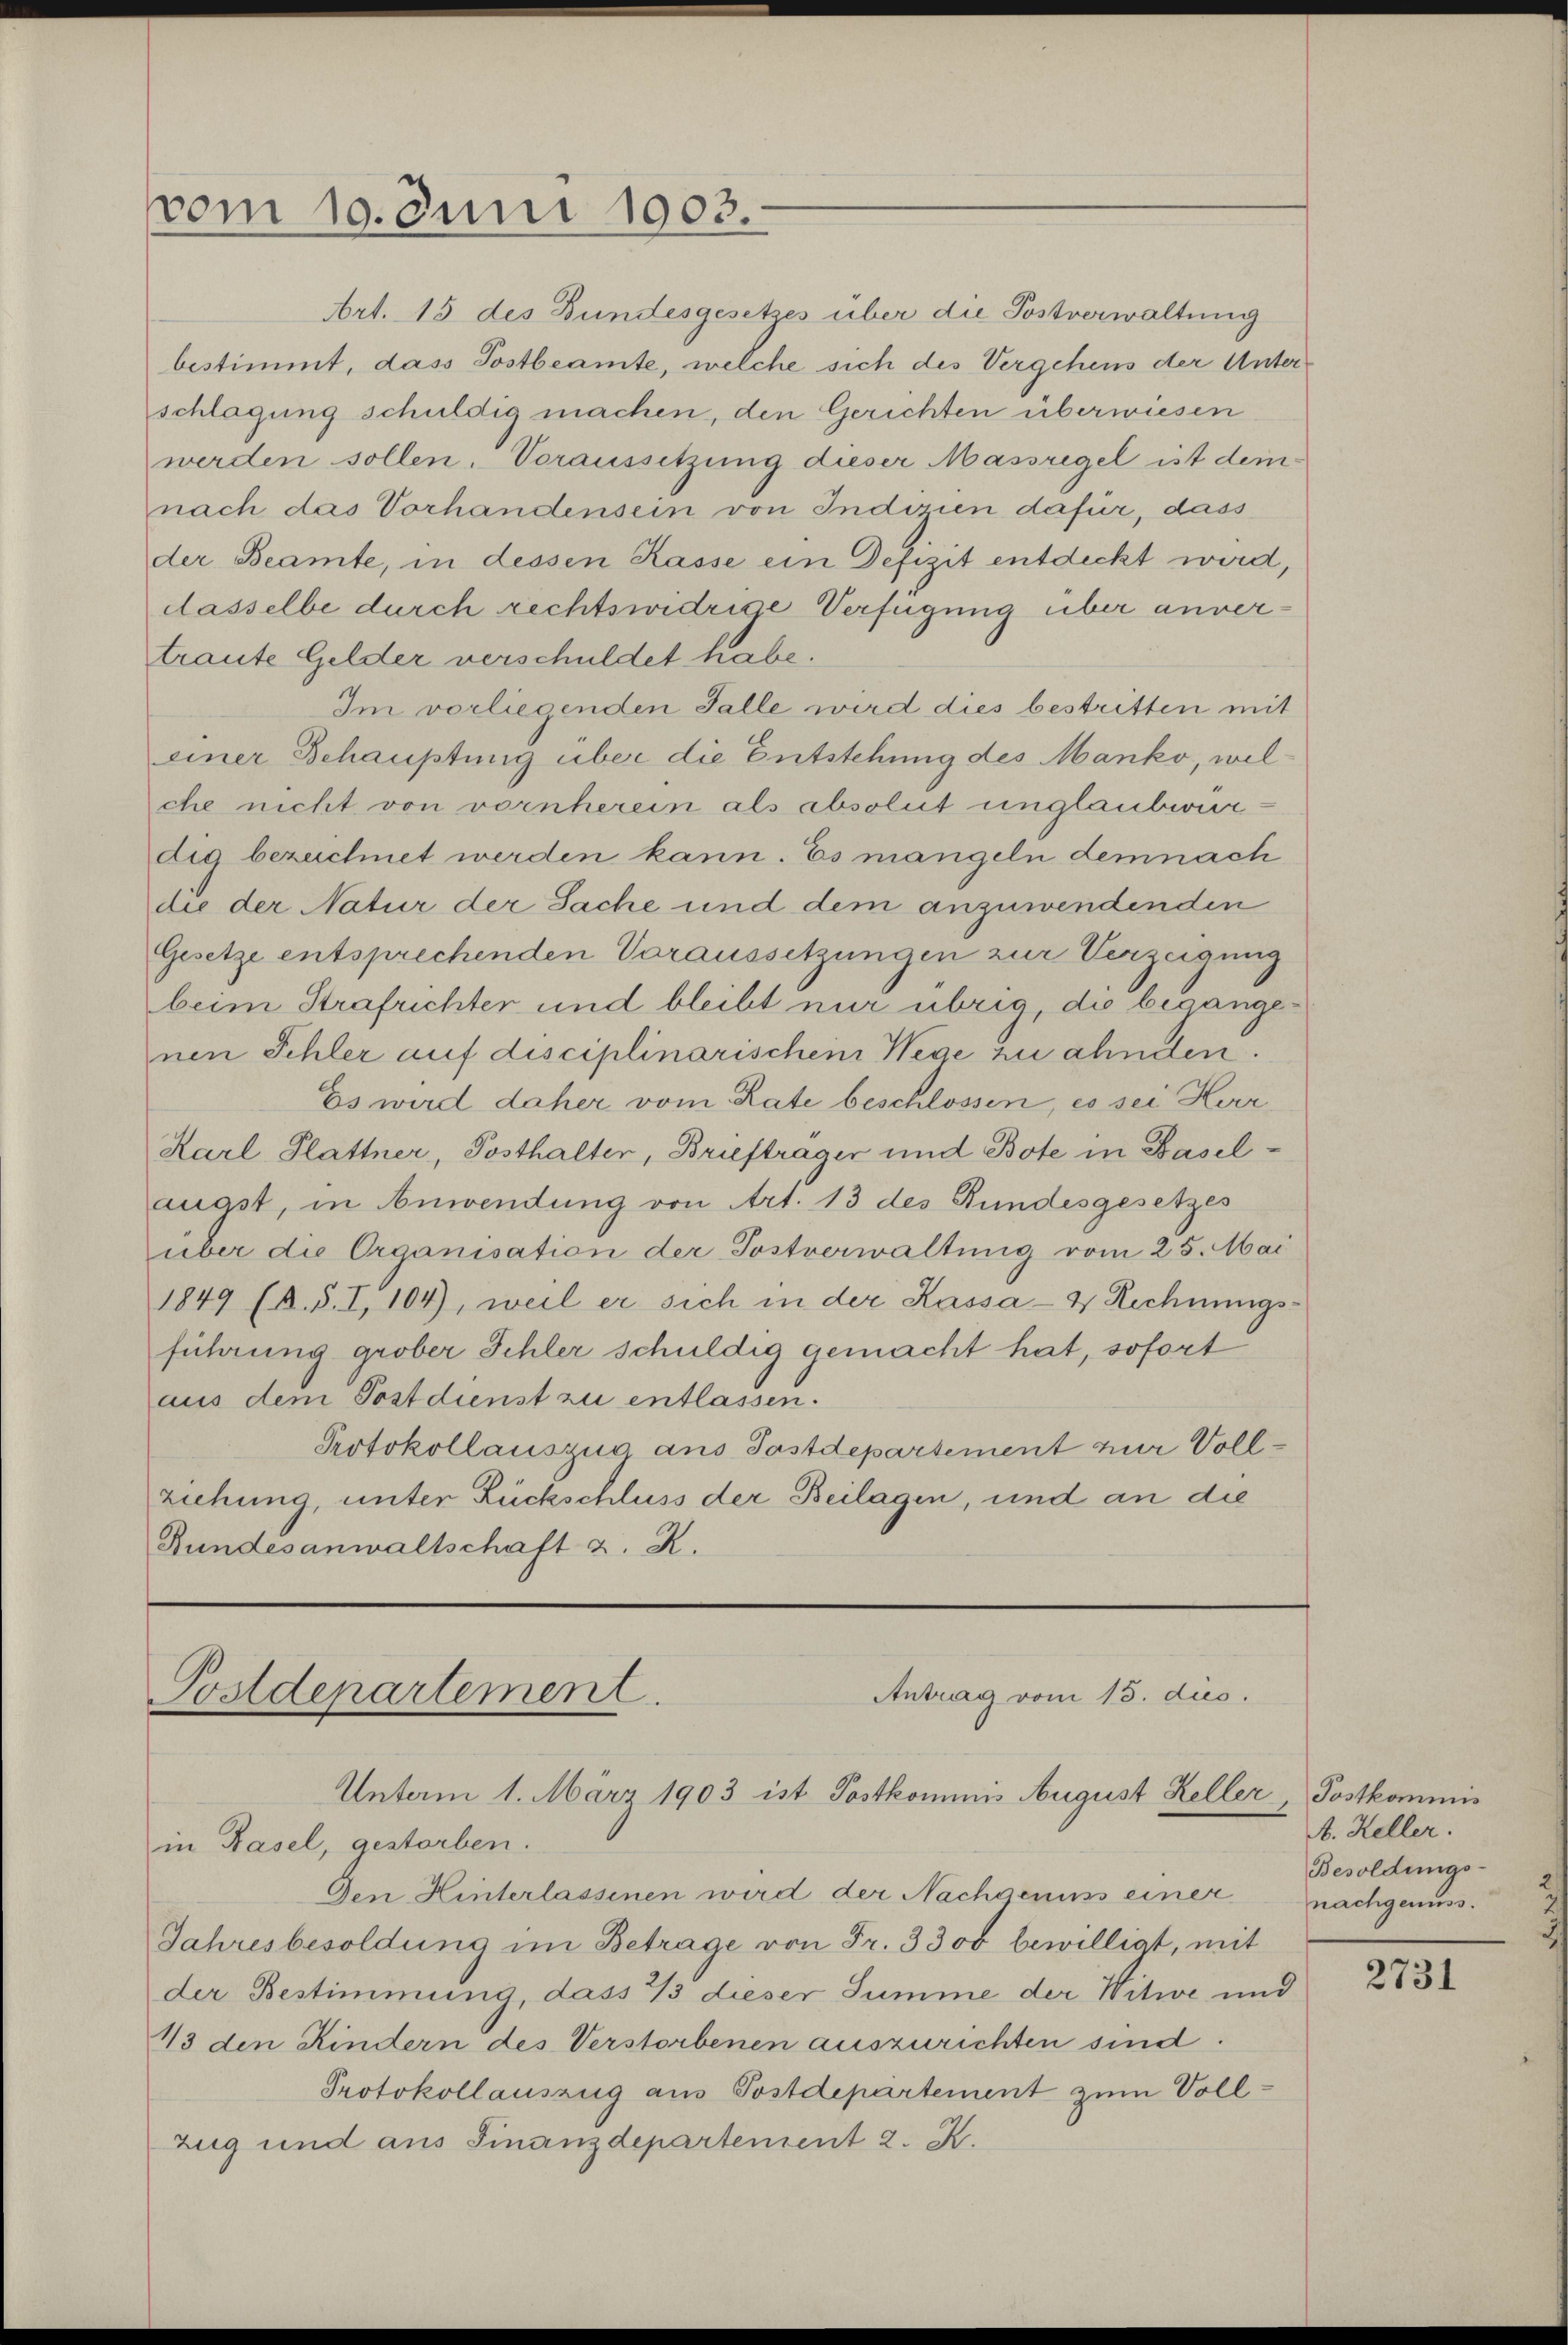
vom 10. Juni 1903.

Art. 15 des Bundesgesetzes über die Postverwaltung
bestimmt, dass Sostbeamte, welche sich des Vergehens der Unterschlagung schuldig machen, den Gerichten überwiesen
werden sollen. Voraussetzung dieser Massregel ist dem
nach das Vorhandensein von Indizien dafür, dass
der Beamte, in dessen Kasse ein Defizit entdeckt wird,
dasselbe durch rechtswidrige Verfügung über anvertraute Gelder verschuldet habe.
Im vorliegenden Falle wird dies bestritten mit
einer Schauptung über die Entstehung des Manko, welche nicht von vornherein als absolut unglaubwur-
dig bezeichnet werden kann. Es mangeln demnach
die der Natur der Sache und dem anzuwendenden
Gesetze entsprechenden Voraussetzungen zur Verzeigung
beim Strafrichter und bleibt nur übrig, die begangenen Schler auf disciplinarischem Wege zu ahnden.
Es wird daher vom Rate beschlossen, es sei Herr
Karl Plattner, Posthalter, Brieftrager und Bote in Baselaugst, in Anwendung von Art. 13 des Bundesgesetzes
über die Organisation der Postverwaltung vom 25. Mai
1849 (B.S. I, 104), weil er sich in der Kassa- & Rechnungsführung grober Schler schuldig gemacht hat, sofort
aus dem Postdienst zu entlassen.
Protokollauszug aus Postdepartement zur Vollziehung, unter Rückschluss der Beilagen, und an die
Bundesanwaltschaft z. R.

Postdepartement.
Antrag vom 15. dies.
Unterm 1. März 1903 ist Postkommnis August Keller, Postkommis
in Basel, gestorben.

Den Hinterlassenen wird der Nachgenuss einer
Jahresbesoldung im Betrage von Fr. 3300 bewilligt, mit
der Bestimmung, dass 13 dieser Summe der Witwe und
113 den Kindern des Verstorbenen auszurichten sind.
Protokollauszug aus Postdepartement zum Voll¬
Zug und aus Finanzdepartement 2. K.

A. Heller.
Besoldungs-
nachgenuss.
2731